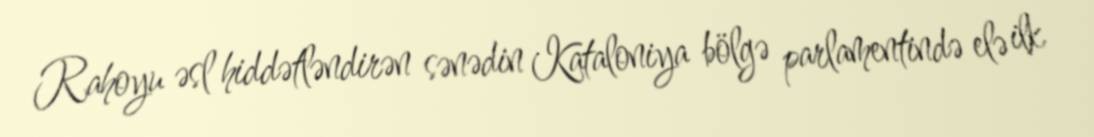
Rahoyu əsl hiddətləndirən sənədin Kataloniya bölgə parlamentində elə ilk